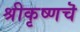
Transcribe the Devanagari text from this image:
श्रीकृष्णचॆ